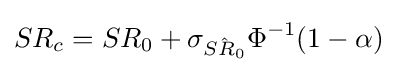
SR_{c}=SR_{0}+\sigma _{\hat {SR_{0}}}\Phi ^{-1}(1-\alpha )